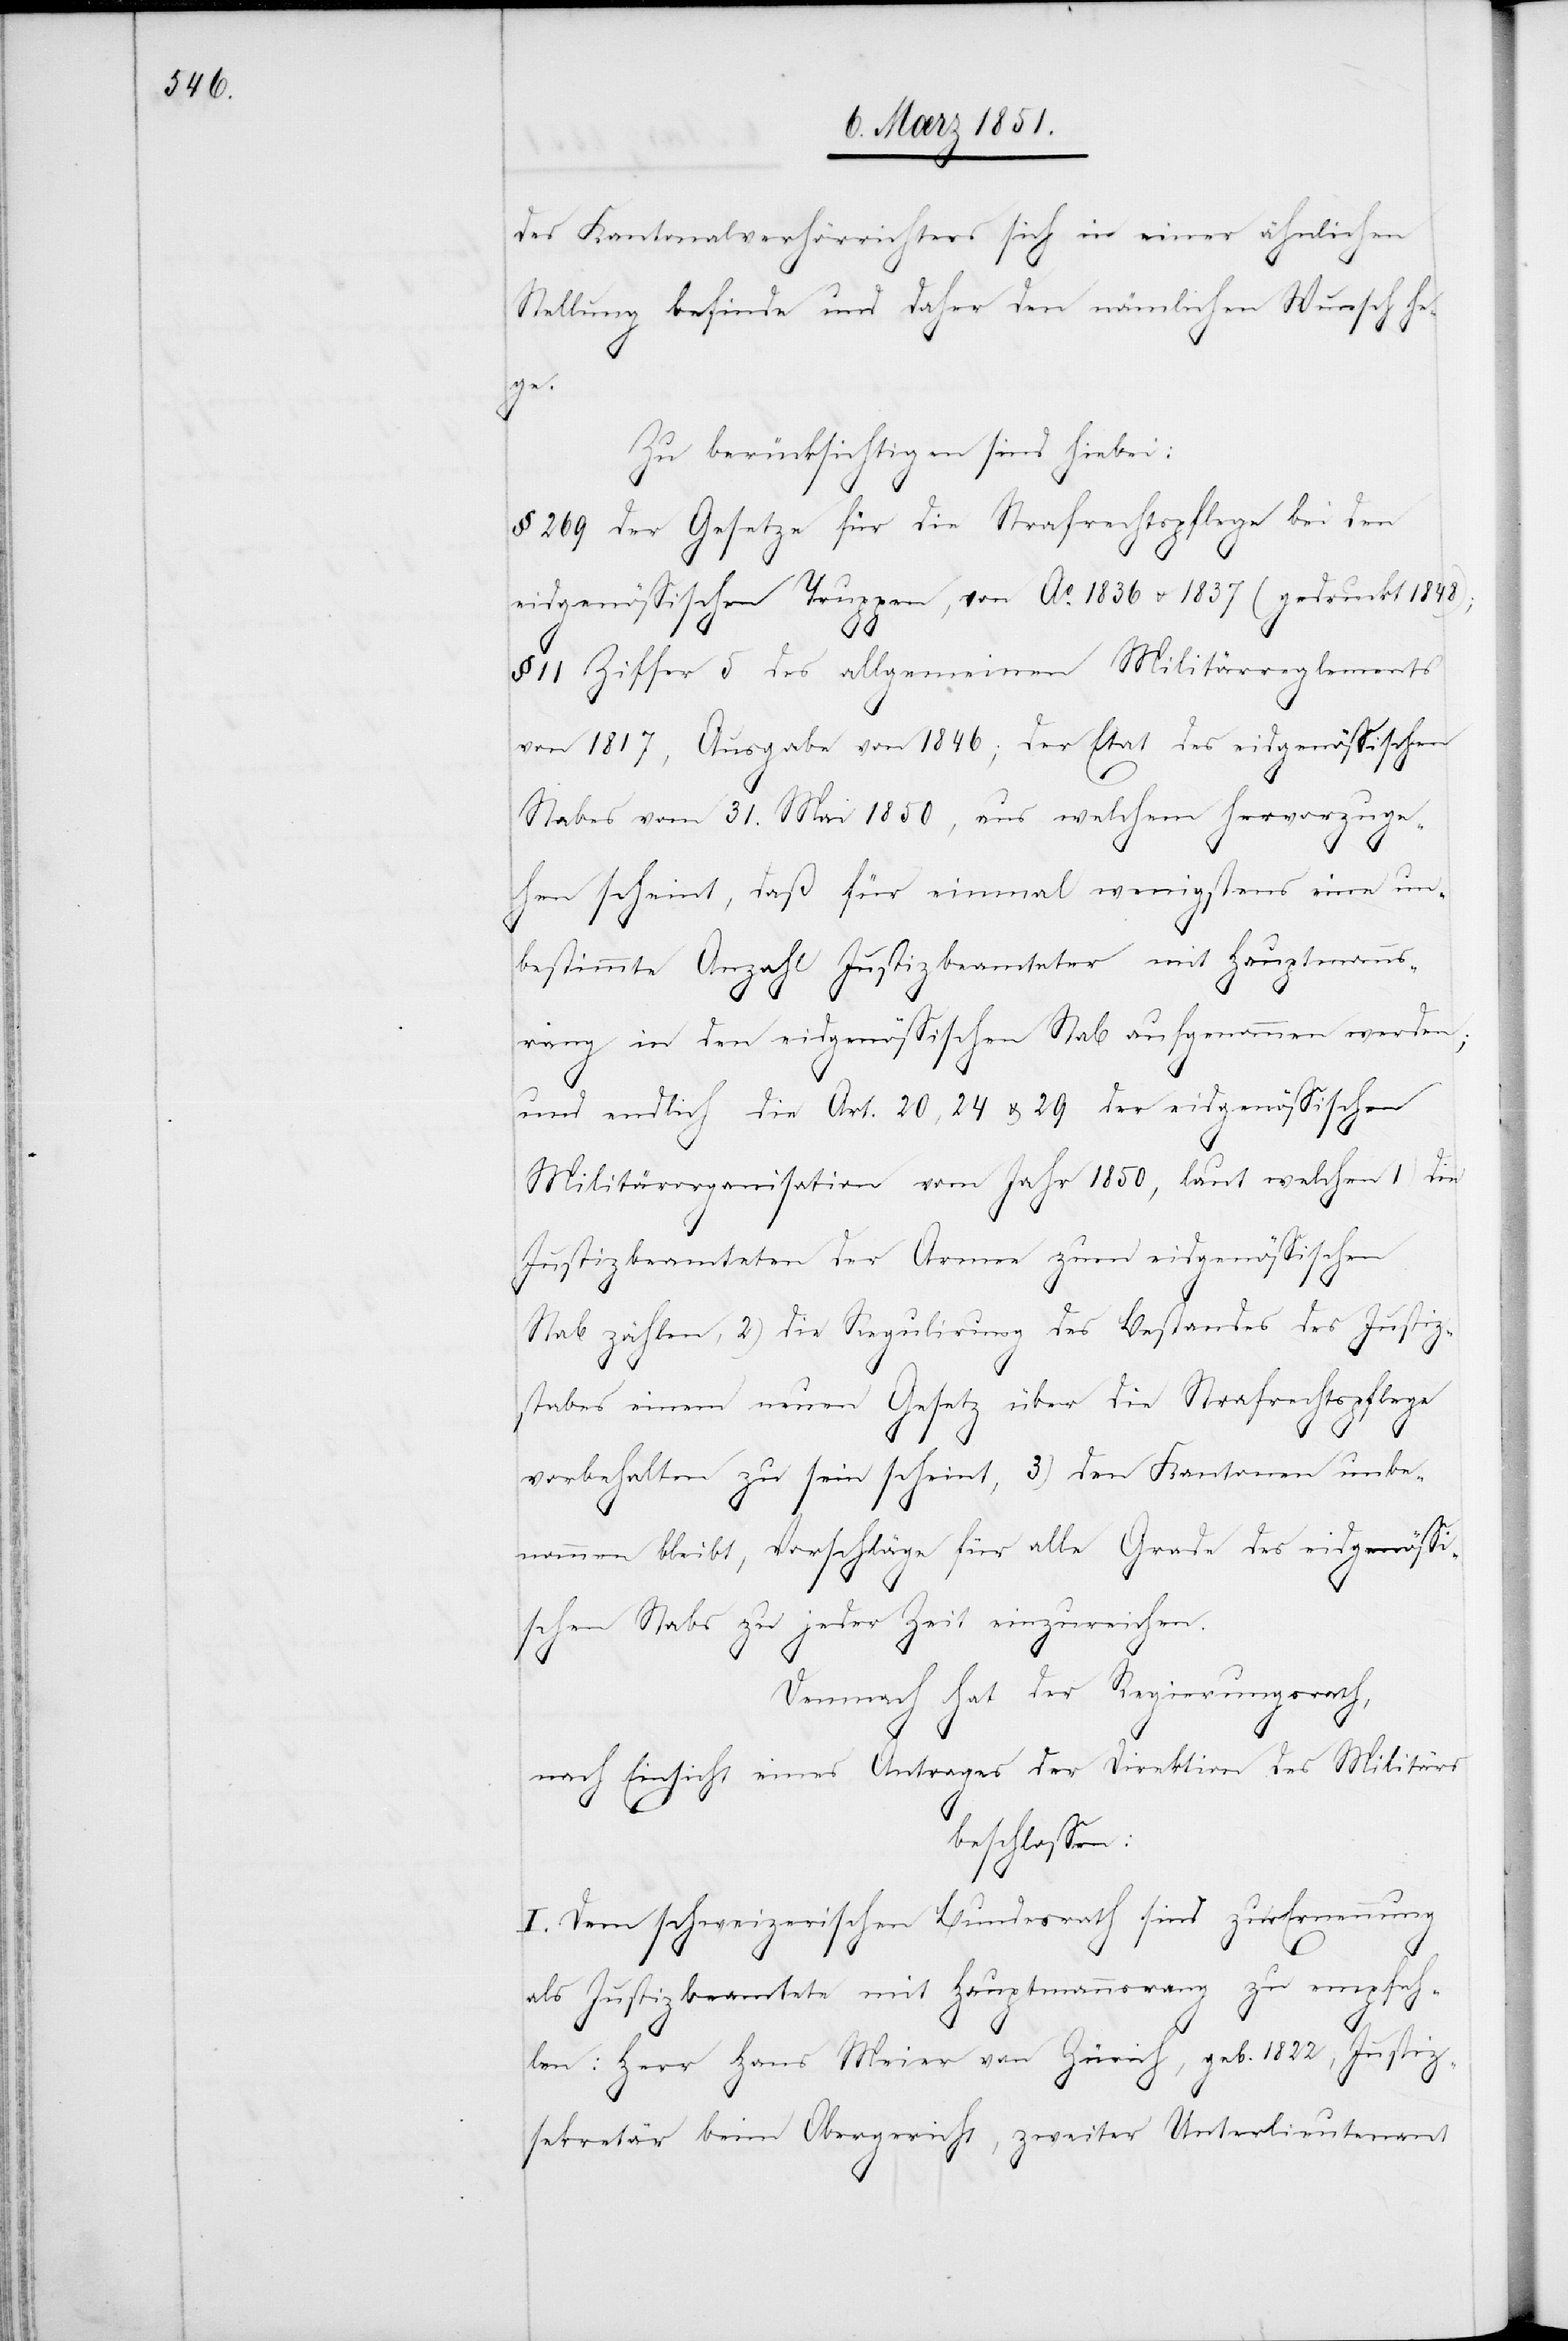
des Kantonalverhörrichters sich in einer ähnlichen
Stellung befinde und daher den nämlichen Wunsch he¬
ge.
Zu berücksichtigen sind hiebei:
§ 269 der Gesetze für die Strafrechtspflege bei den
eidgenössischen Truppen, von Ao 1836 u. 1837 (gedruckt 1848);
§ 11 Ziffer 5 des allgemeinen Militärreglements
von 1817, Ausgabe von 1846; der Etat des eidgenössischen
Stabes vom 31. Mai 1850, aus welchem hervorzuge¬
hen scheint, daß für einmal wenigstens eine un¬
bestimmte Anzahl Justizbeamteter mit Hauptmanns¬
rang in den eidgenössischen Stab aufgenommen werden;
und endlich die Art. 20, 24 & 29 der eidgenössischen
Militärorganisation vom Jahr 1850, laut welchen 1) die
Justizbeamteten der Armee zum eidgenössischen
Stab zählen, 2) die Regulirung des Bestandes des Justiz¬
stabes einem neuen Gesetz über die Strafrechtspflege
vorbehalten zu sein scheint, 3) den Kantonen unbe¬
nommen bleibt, Vorschläge für alle Grade des eidgenössi¬
schen Stabs zu jeder Zeit einzureichen.
Demnach hat der Regierungsrath,
nach Einsicht eines Antrages der Direktion des Militärs
beschlossen:
I. Dem schweizerischen Bundesrath sind zur Ernennung
als Justizbeamtete mit Hauptmannsrang zu empfeh¬
len: Herr Hans Meier von Zürich, geb. 1822, Justiz¬
sekretär beim Obergericht, zweiter Unterlieutenant